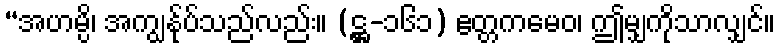
“အဟမ္ပိ၊ အကျွန်ုပ်သည်လည်း။ (ဋ္ဌ-၁၆၁) ဧတ္တကမေဝ၊ ဤမျှကိုသာလျှင်။